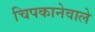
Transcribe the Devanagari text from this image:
चिपकानेवाले